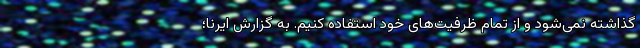
گذاشته نمی‌شود و از تمام ظرفیت‌های خود استفاده کنیم. به گزارش ایرنا؛